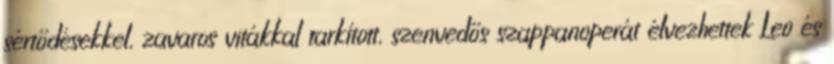
sértődésekkel, zavaros vitákkal tarkított, szenvedős szappanoperát élvezhettek Leo és